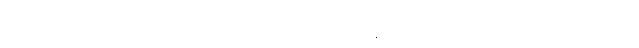
ဒီ စင်္ကြန်လမ်း အစွန်း တစ် ဖက်စီမှာ အမျိုးသား ရေအိမ်နဲ့ အမျိုးသမီး ရေအိမ် အသီးသီးရှိတယ်။